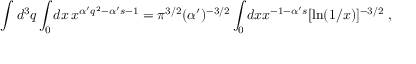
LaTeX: \int d ^ { 3 } q \int _ { 0 } d x \, x ^ { \alpha ^ { \prime } q ^ { 2 } - \alpha ^ { \prime } s - 1 } = \pi ^ { 3 / 2 } ( \alpha ^ { \prime } ) ^ { - 3 / 2 } \int _ { 0 } d x x ^ { - 1 - \alpha ^ { \prime } s } [ \ln ( 1 / x ) ] ^ { - 3 / 2 } \ ,